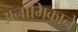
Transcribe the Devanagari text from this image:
अनामिकाने